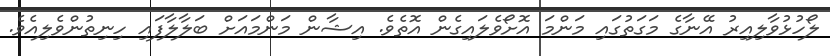
ލޯހުޅުވާލިއިރު އޭނާގެ މަގަތުގައި މަންމަ އޮށޯވެލައިގެން އޮތެވެ. އިޝާން މަންމައަށް ބަލާލާފައި ހިނިތުންވެލިއެވެ.